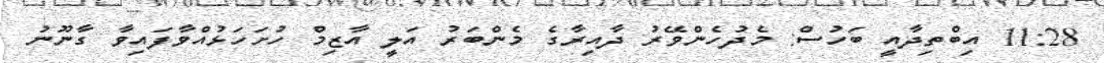
11:28 އިބްތިދާއީ ބަހުސް: މެދުހެންވޭރު ދާއިރާގެ މެންބަރު އަލީ އާޒިމް ހުށަހަޅުއްވާފައިވާ ގާނޫނު